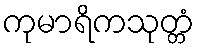
ကုမာရိကသုတ္တံ